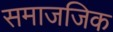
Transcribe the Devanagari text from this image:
समाजजिक